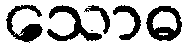
သောဓ